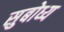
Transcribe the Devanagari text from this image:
सुबोध्य